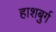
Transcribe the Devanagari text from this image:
हाशबुर्ग